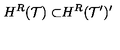
H ^ { R } { \cal ( T ) \subset } H ^ { R } { \cal ( T ^ { \prime } ) ^ { \prime } }